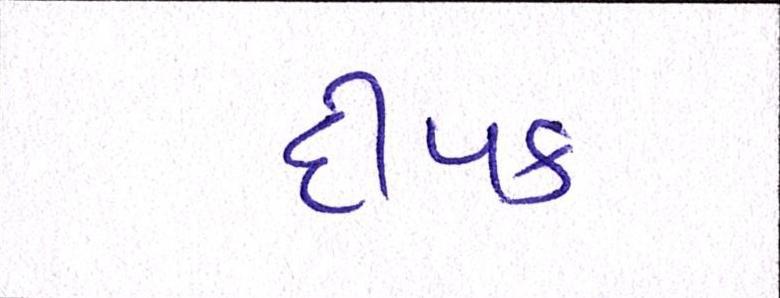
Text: દીપક